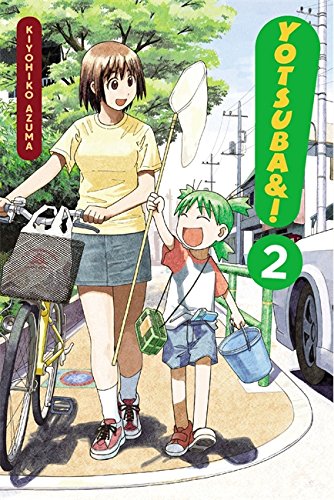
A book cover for Yotsuba&!, Vol. 2; Children's Books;